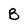
Character: B